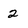
Character: 2